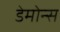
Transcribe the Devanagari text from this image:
डेमोन्स